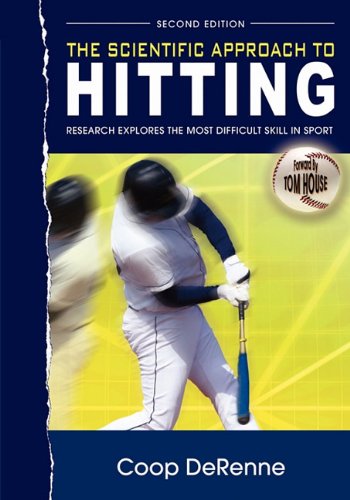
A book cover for The Scientific Approach to Hitting: Research Explores the Most Difficult Skill in Sport: Second Edition; Coop DeRenne; Sports & Outdoors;